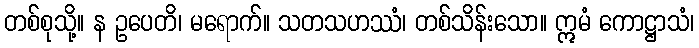
တစ်စုသို့။ န ဥပေတိ၊ မရောက်။ သတသဟဿံ၊ တစ်သိန်းသော။ ဣမံ ကောဋ္ဌာသံ၊